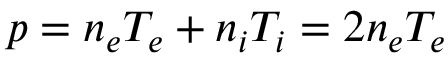
p = n _ { e } T _ { e } + n _ { i } T _ { i } = 2 n _ { e } T _ { e }